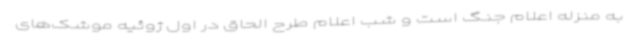
به منزله اعلام جنگ است و شب اعلام طرح الحاق در اول ژوئیه موشک‌های